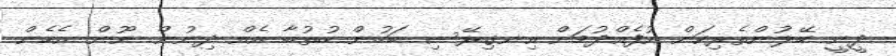
ދީނީ ހޭލުންތެރިކަން އުފެއްދުމަށް އިނގިރޭސި ބަހުން ހުތުބާ އެއް ދިނުން ނޫން އެހެން